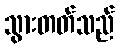
သွားတတ်သည်